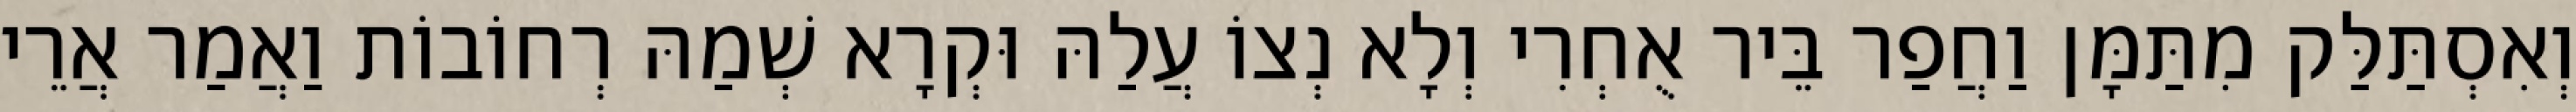
וְאִסְתַּלַּק מִתַּמָּן וַחֲפַר בֵּיר אֻחְרִי וְלָא נְצוֹ עֲלַהּ וּקְרָא שְׁמַהּ רְחוֹבוֹת וַאֲמַר אֲרֵי